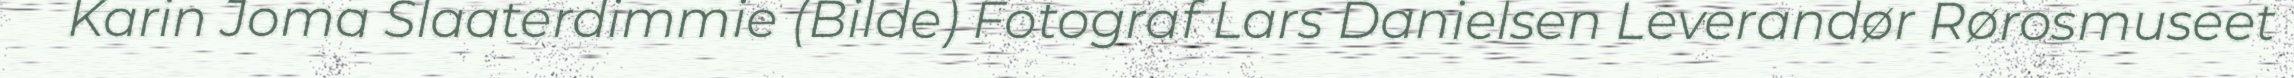
Karin Joma Slaaterdimmie (Bilde) Fotograf Lars Danielsen Leverandør Rørosmuseet